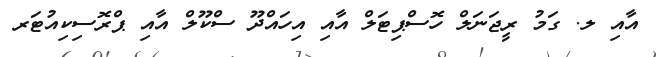
އާއި ލ. ގަމު ރީޖަނަލް ހޮސްޕިޓަލް އާއި އިހައްދޫ ސްކޫލް އާއި ޕްރޮސިކިއުޓަރ